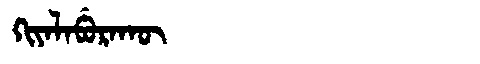
Manchu: ᡴᡳᠶᠠᠯᠠᠪᡠᡵᠠᡴᡡ
Romanization: KIYALABURAKŪ